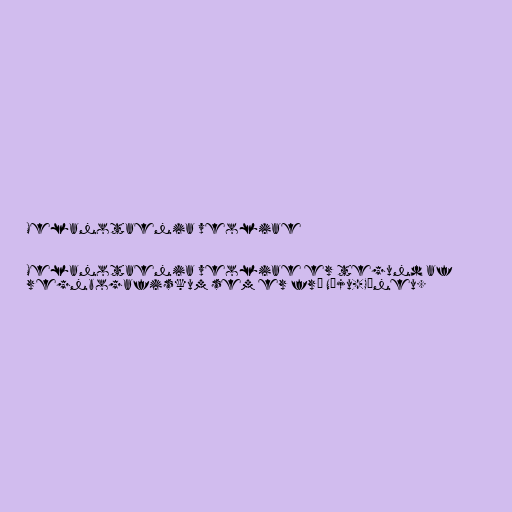
Melanotaenia veoliae

Melanotaenia veoliae er tegund af
regnbogafiskum sem er frá Nýju-Gíneu.